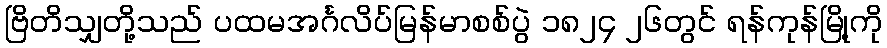
ဗြိတိသျှတို့သည် ပထမအင်္ဂလိပ်မြန်မာစစ်ပွဲ ၁၈၂၄ ၂၆တွင် ရန်ကုန်မြို့ကို